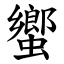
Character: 蠁